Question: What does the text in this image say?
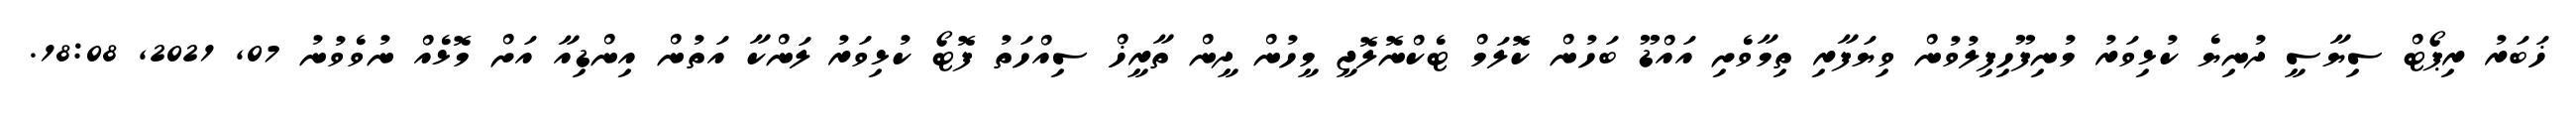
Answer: ޚަބަރު ރިޕޯޓް ސިޔާސީ ދުނިޔެ ކުޅިވަރު މުނިފޫހިފިލުވުން ވިޔަފާރި ތިމާވެށި އައްޑޫ ބަހުން ކޮލަމް ޓެކްނޮލޮޖީ މީހުން ދީން ތާރީޚް ސިއްހަތު ފޮޓޯ ކުޅިވަރު ލަންކާ އަތުން އިންޑިއާ އަށް މޮޅެއް ނުވެވުނު 07, 2021, 18:08.